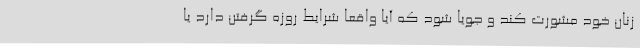
زنان خود مشورت کند و جویا شود که آیا واقعا شرایط روزه گرفتن دارد یا